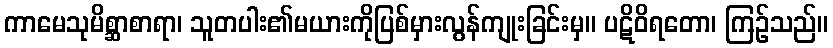
ကာမေသုမိစ္ဆာစာရာ၊ သူတပါး၏မယားကိုပြစ်မှားလွန်ကျုးခြင်းမှ။ ပဋိဝိရတော၊ ကြဉ်သည်။